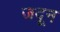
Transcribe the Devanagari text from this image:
जदून